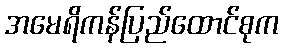
အမေရိကန်ပြည်ထောင်စုက